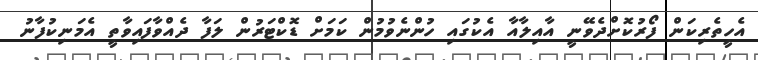
އެހީތެރިކަން ފޯރުކޮށްދެވޭނީ އާއިލާއާ އެކުގައި ހުންނެވުމުން ކަމަށް ޑޮކްޓަރުން ލަފާ ދެއްވާފައިވާތީ އެމަނިކުފާނު